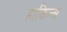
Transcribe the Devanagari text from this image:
हाकिन्स